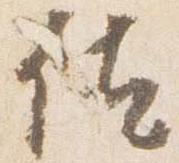
位